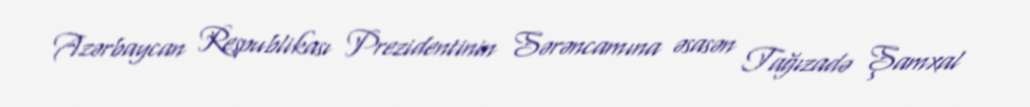
Azərbaycan Respublikası Prezidentinin Sərəncamına əsasən Tağızadə Şamxal